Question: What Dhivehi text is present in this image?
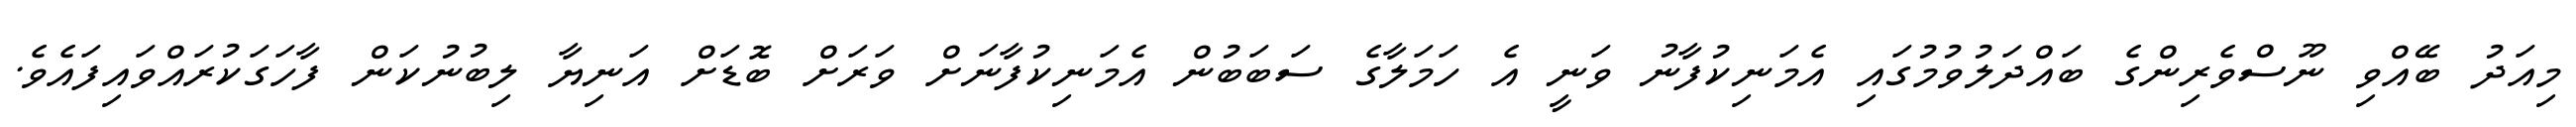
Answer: މިއަދު ބޭއްވި ނޫސްވެރިންގެ ބައްދަލުވުމުގައި އެމަނިކުފާނު ވަނީ އެ ހަމަލާގެ ސަބަބުން އެމަނިކުފާނަށް ވަރަށް ބޮޑަށް އަނިޔާ ލިބުނުކަން ފާހަގަކުރައްވައިފައެވެ.